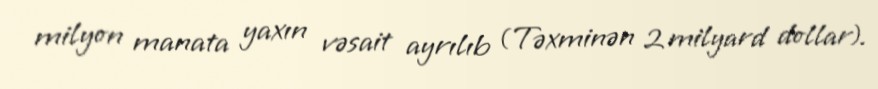
milyon manata yaxın vəsait ayrılıb (Təxminən 2 milyard dollar).